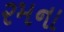
રમના